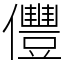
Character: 㒥